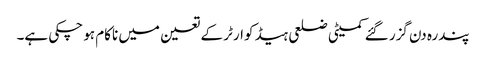
پندرہ دن گزر گئے کمیٹی ضلعی ہیڈ کوارٹر کے تعین میں ناکام ہو چکی ہے۔